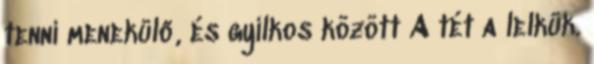
tenni menekülő, és gyilkos között A tét a lelkük.